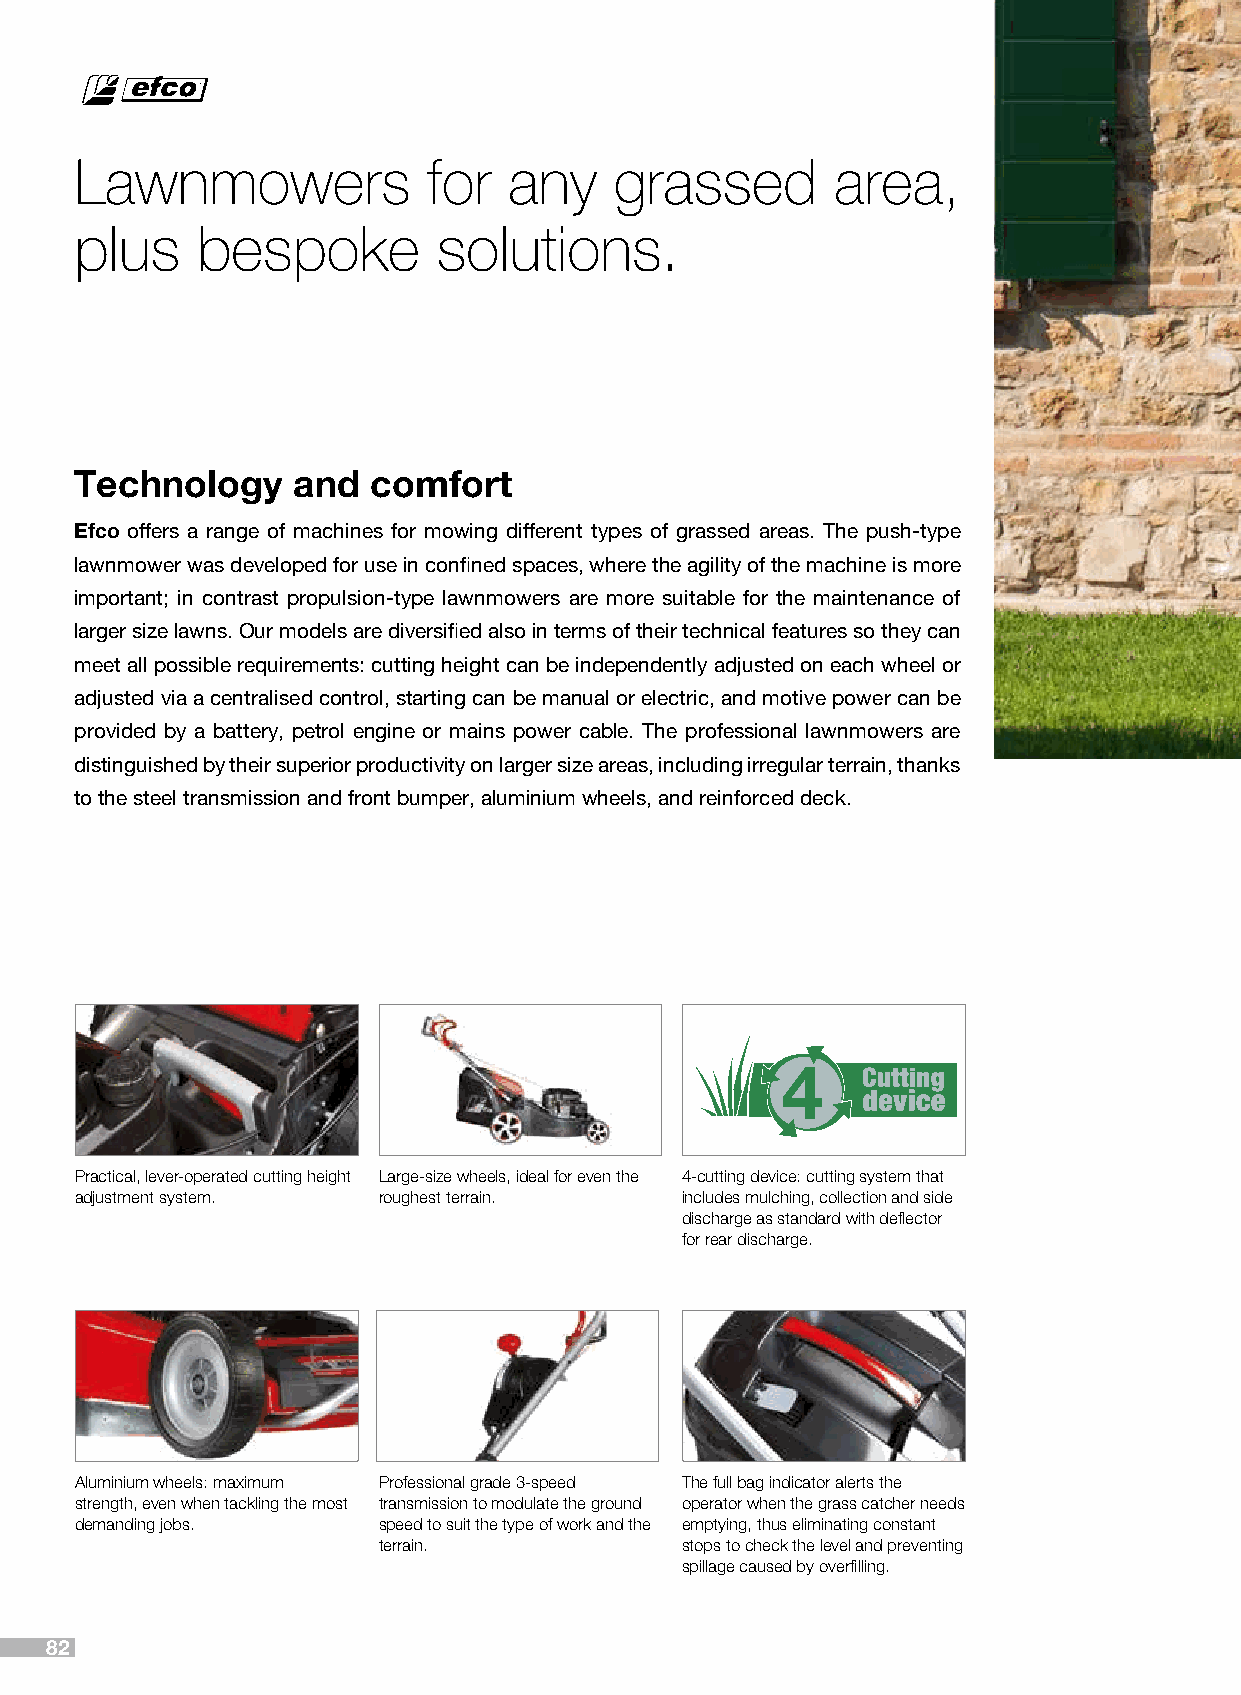
Lawnmowers             for   any    grassed       area,
 plus    bespoke         solutions.
 Technology    and   comfort
 Efco offers a range of machines for mowing different types of grassed areas. The push-type
 lawnmower was developed for use in confined spaces, where the agility of the machine is more
 important; in contrast propulsion-type lawnmowers are more suitable for the maintenance of
 larger size lawns. Our models are diversified also in terms of their technical features so they can
 meet all possible requirements: cutting height can be independently adjusted on each wheel or
 adjusted via a centralised control, starting can be manual or electric, and motive power can be
 provided by a battery, petrol engine or mains power cable. The professional lawnmowers are
 distinguished by their superior productivity on larger size areas, including irregular terrain, thanks
 to the steel transmission and front bumper, aluminium wheels, and reinforced deck.
 Practical, lever-operated cutting height Large-size wheels, ideal for even the 4-cutting device: cutting system that
 adjustment system.  roughest terrain.   includes mulching, collection and side
 discharge as standard with deflector
 for rear discharge.
 Aluminium wheels: maximum Professional grade 3-speed The full bag indicator alerts the
 strength, even when tackling the most transmission to modulate the ground operator when the grass catcher needs
 demanding jobs.     speed to suit the type of work and the emptying, thus eliminating constant
 terrain.            stops to check the level and preventing
 spillage caused by overfilling.
 82